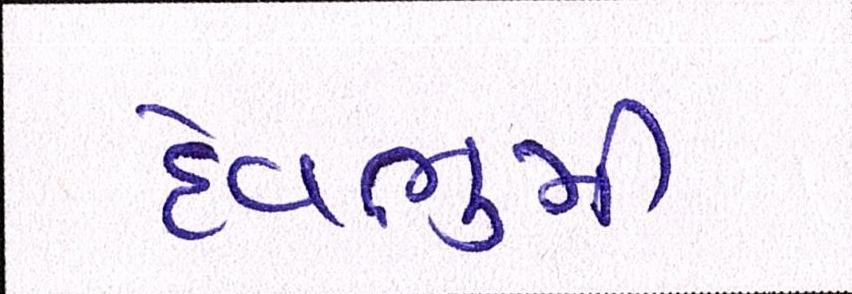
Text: દેવભુમી